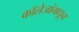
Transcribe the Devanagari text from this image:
कॉलेजांमधून